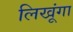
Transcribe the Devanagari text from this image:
लिखूंगा